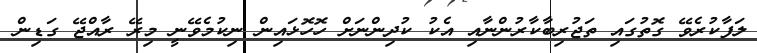
ލަފާކުރެވޭ ގޮތުގައި ތަޖުރިބާކާރުންނާއި އެކު ކުދިންނަށް ހޮހޮޅައިން ނިކުމެވޭނީ މިރޭ ރާއްޖޭ ގަޑިން